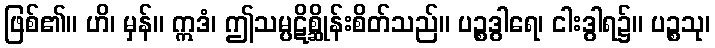
ဖြစ်၏။ ဟိ၊ မှန်။ ဣဒံ၊ ဤသမ္ပဋိစ္ဆိုန်းစိတ်သည်။ ပဉ္စဒွါရေ၊ ငါးဒွါရ၌။ ပဉ္စသု၊